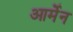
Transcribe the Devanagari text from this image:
आर्मेन